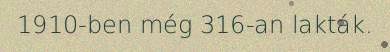
1910-ben még 316-an lakták.